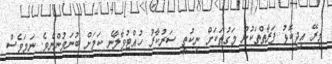
މިރޭ އިދިކޮޅު ފަރާތްތަކުން މަގުތަކަށް ނިކުތީ ސަރުކާރު ހުއްޓުވާލާނެ ކަމަށް ބުނަމުންނެވެ. ނަމަވެސް